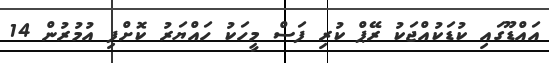
އައްޑޫގައި ކުޑަކުއްޖަކު ރޭޕް ކުރި ފަސް މީހަކު ހައްޔަރު ކޮށްފި އުމުރުން 14